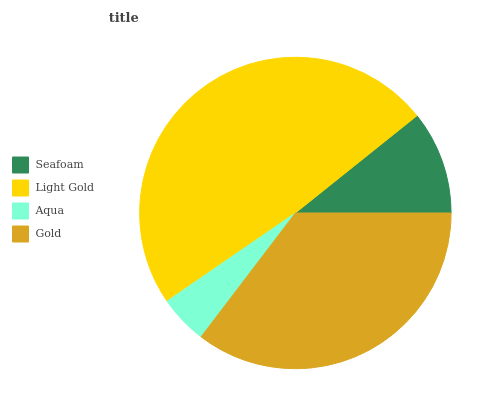
| Seafoam | Light Gold | Aqua | Gold |
 | --- | --- | --- | --- |
 | 10.7% | 48.9% | 5.06% | 35.3% |